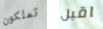
تملكون اقبل